Document type: Sale
Year: 1451
Scribe: [Unknown]
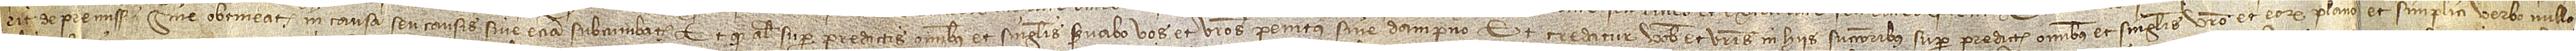
rit de premiss[is] sive obtineatis in causa seu causis sive etiam subcumbatis; et quod aliter super predictis omnibus et singulis servabo vos et vestros penitus sine dampno. Et credatur vobis et vestris in hiis successoribus super predictis omnibus et singulis vestro et eorum plano et simplici verbo, nullo